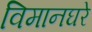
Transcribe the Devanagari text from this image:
विमानघरे